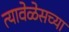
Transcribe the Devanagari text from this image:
त्यावेळेसच्या